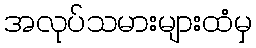
အလုပ်သမားများထံမှ